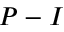
P - I